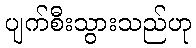
ပျက်စီးသွားသည်ဟု